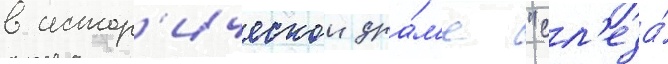
в истор'ическои дра́м'е "сл'еза́